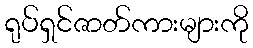
ရုပ်ရှင်ဇာတ်ကားများကို